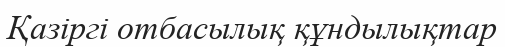
Қазіргі отбасылық құндылықтар